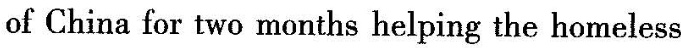
of China for two months helping the homeless